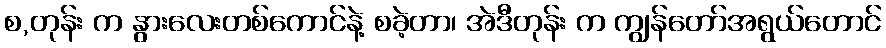
စ,တုန်း က နွားလေးတစ်ကောင်နဲ့ စခဲ့တာ၊ အဲဒီတုန်း က ကျွန်တော်အရွယ်တောင်